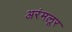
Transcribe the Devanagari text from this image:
अरंमलूर